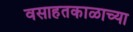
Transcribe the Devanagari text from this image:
वसाहतकाळाच्या